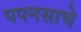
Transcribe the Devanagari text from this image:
पपनसाचे